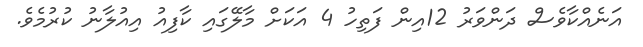
އަނެއްކާވެސް ދަންވަރު 12އިން ފަތިހު 4 އަކަށް މާލޭގައި ކާފިއު އިއުލާނު ކުރުމެވެ.